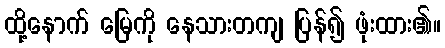
ထို့နောက် မြေကို နေသားတကျ ပြန်၍ ဖုံးထား၏။